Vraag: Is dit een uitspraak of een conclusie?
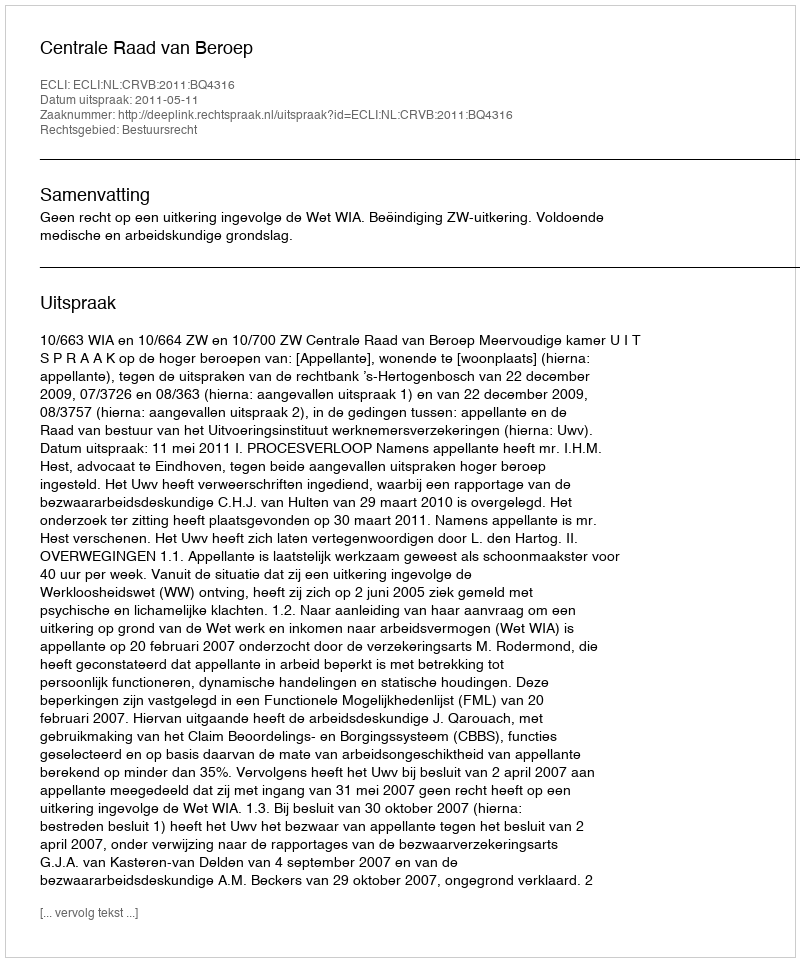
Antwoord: Uitspraak